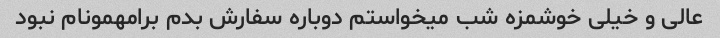
عالی و خیلی خوشمزه شب میخواستم دوباره سفارش بدم برامهمونام نبود